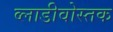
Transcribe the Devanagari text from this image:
व्लाडीवोस्तक